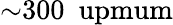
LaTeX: {\sim}300~\mathrm{\ upmum}